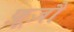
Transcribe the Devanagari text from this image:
फ़ूज़ौ